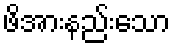
ဖိအားနည်းသော